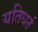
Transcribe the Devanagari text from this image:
यतिधर्त